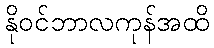
နိုဝင်ဘာလကုန်အထိ